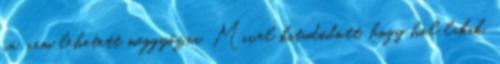
rá, nem lehetett meggyőzni. Mivel kitudódott, hogy hol lakik,